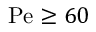
\mathrm { P e } \geq 6 0